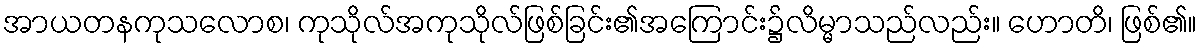
အာယတနကုသလောစ၊ ကုသိုလ်အကုသိုလ်ဖြစ်ခြင်း၏အကြောင်း၌လိမ္မာသည်လည်း။ ဟောတိ၊ ဖြစ်၏။